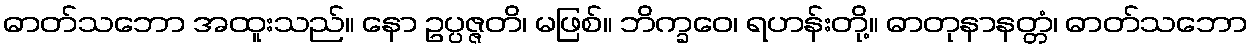
ဓာတ်သဘော အထူးသည်။ နော ဥပ္ပဇ္ဇတိ၊ မဖြစ်။ ဘိက္ခဝေ၊ ရဟန်းတို့။ ဓာတုနာနတ္တံ၊ ဓာတ်သဘော